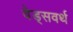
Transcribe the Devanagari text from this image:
वेड्सवर्थ